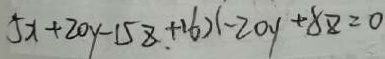
5 x + 2 0 y - 1 5 z + 1 6 ) ( - 2 0 y + 8 z = 0